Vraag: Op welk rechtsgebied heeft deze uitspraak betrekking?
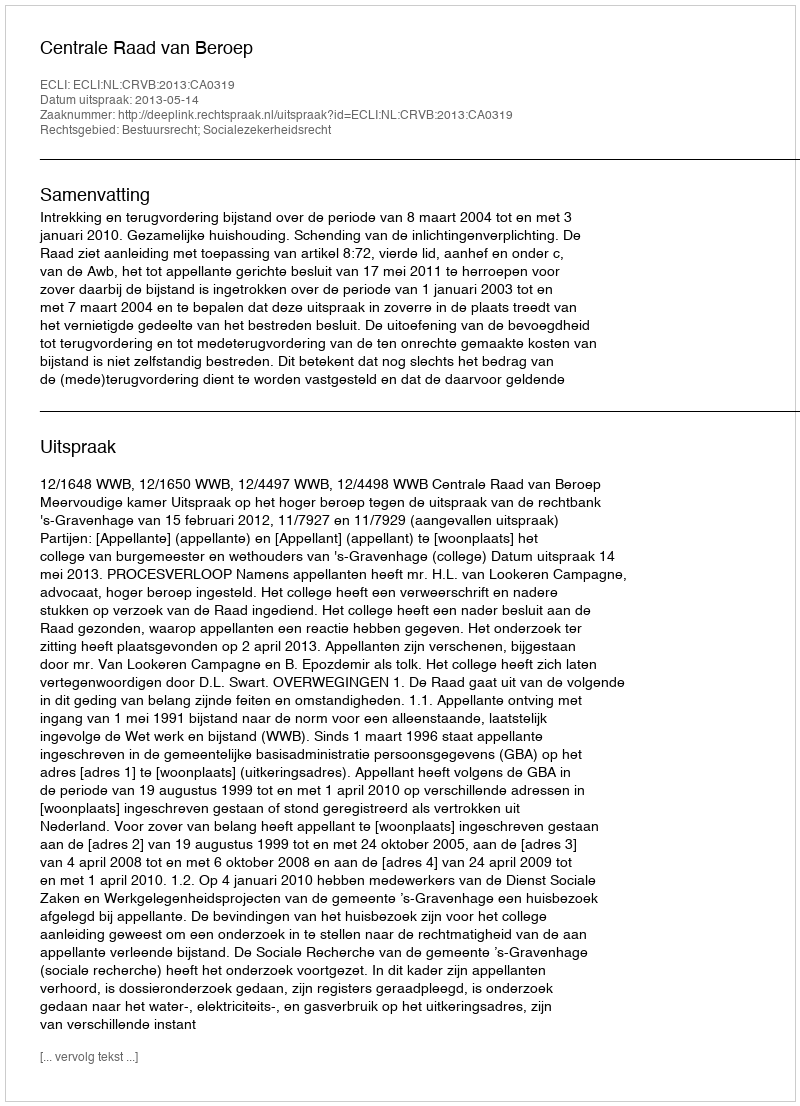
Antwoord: Bestuursrecht; Socialezekerheidsrecht